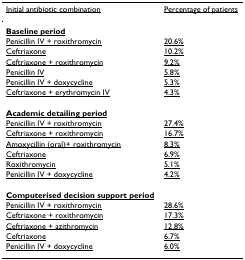
<table><thead><tr><td><b><underline>Initial antibiotic combination</underline></b></td><td><b><underline>Percentage of patients</underline></b></td></tr></thead><tbody><tr><td><b><underline>Baseline period</underline></b></td><td></td></tr><tr><td><underline>Penicillin IV + roxithromycin</underline></td><td><underline>20.6%</underline></td></tr><tr><td><underline>Ceftriaxone</underline></td><td><underline>10.2%</underline></td></tr><tr><td><underline>Ceftriaxone + roxithromycin</underline></td><td><underline>9.2%</underline></td></tr><tr><td><underline>Penicillin IV</underline></td><td><underline>5.8%</underline></td></tr><tr><td><underline>Penicillin IV + doxycycline</underline></td><td><underline>5.3%</underline></td></tr><tr><td><underline>Ceftriaxone + erythromycin IV</underline></td><td><underline>4.3%</underline></td></tr><tr><td><b><underline>Academic detailing period</underline></b></td><td></td></tr><tr><td><underline>Penicillin IV + roxithromycin</underline></td><td><underline>27.4%</underline></td></tr><tr><td><underline>Ceftriaxone + roxithromycin</underline></td><td><underline>16.7%</underline></td></tr><tr><td><underline>Amoxycillin (oral)+ roxithromycin</underline></td><td><underline>8.3%</underline></td></tr><tr><td><underline>Ceftriaxone</underline></td><td><underline>6.9%</underline></td></tr><tr><td><underline>Roxithromycin</underline></td><td><underline>5.1%</underline></td></tr><tr><td><underline>Penicillin IV + doxycycline</underline></td><td><underline>4.2%</underline></td></tr><tr><td><b><underline>Computerised decision support period</underline></b></td><td></td></tr><tr><td><underline>Penicillin IV + roxithromycin</underline></td><td><underline>28.6%</underline></td></tr><tr><td><underline>Ceftriaxone + roxithromycin</underline></td><td><underline>17.3%</underline></td></tr><tr><td><underline>Ceftriaxone + azithromycin</underline></td><td><underline>12.8%</underline></td></tr><tr><td><underline>Ceftriaxone</underline></td><td><underline>6.7%</underline></td></tr><tr><td><underline>Penicillin IV + doxycycline</underline></td><td><underline>6.0%</underline></td></tr></tbody></table>